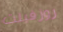
روزفيلت